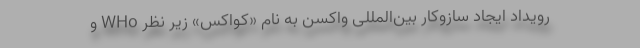
رویداد ایجاد سازوکار بین‌المللی واکسن به نام «کواکس» زیر نظر WHo و